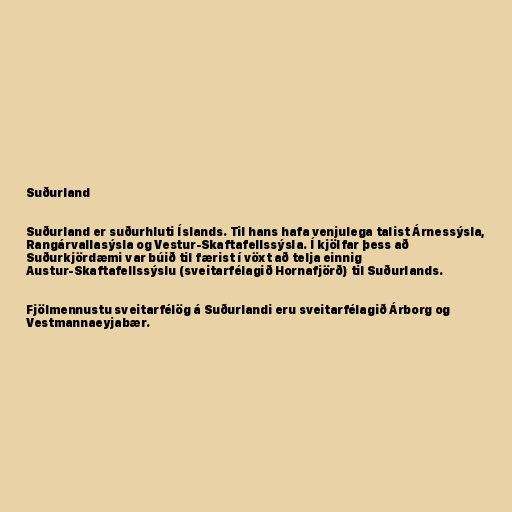
Suðurland

Suðurland er suðurhluti Íslands. Til hans hafa venjulega talist Árnessýsla,
Rangárvallasýsla og Vestur-Skaftafellssýsla. Í kjölfar þess að
Suðurkjördæmi var búið til færist í vöxt að telja einnig
Austur-Skaftafellssýslu (sveitarfélagið Hornafjörð) til Suðurlands.

Fjölmennustu sveitarfélög á Suðurlandi eru sveitarfélagið Árborg og
Vestmannaeyjabær.